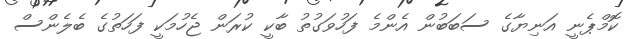
ކޮމްޕެނީ އަނިޔާގެ ސަބަބުން އެންމެ ފަހުވަގުތު ބާކީ ކުރަން ޖެހުމަކީ ފަހަތުގެ ބެލެންސް